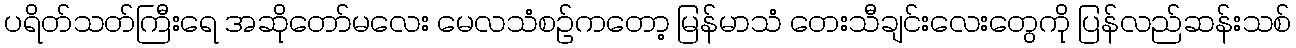
ပရိတ်သတ်ကြီးရေ အဆိုတော်မလေး မေလသံစဉ်ကတော့ မြန်မာသံ တေးသီချင်းလေးတွေကို ပြန်လည်ဆန်းသစ်